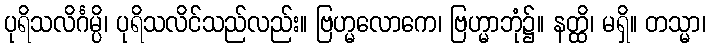
ပုရိသလိင်္ဂမ္ပိ၊ ပုရိသလိင်သည်လည်း။ ဗြဟ္မလောကေ၊ ဗြဟ္မာဘုံ၌။ နတ္ထိ၊ မရှိ။ တသ္မာ၊